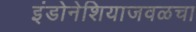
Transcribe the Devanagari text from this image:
इंडोनेशियाजवळचा